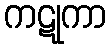
ကဋုကာ